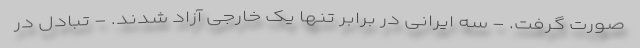
صورت گرفت. - سه ایرانی در برابر تنها یک خارجی آزاد شدند. - تبادل در